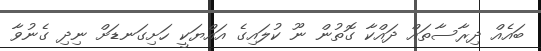
ބައެއް ދިރާސާތައް ދައްކާ ގޮތުން ނޫ ކުލައިގެ އައްޔަކީ ހަށިގަނޑަށް ނިދި ގެނުވާ